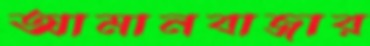
আমানবাজার